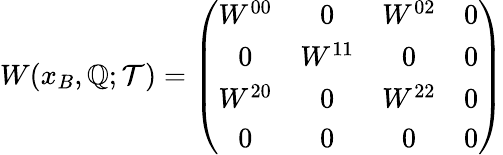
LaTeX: W(x_{B},\mathbb{Q};{\mathcal{T}})=\left(\begin{array}{cccc}{{W^{00}}}&{{0}}&{{W^{02}}}&{{0}}\\ {{0}}&{{W^{11}}}&{{0}}&{{0}}\\ {{W^{20}}}&{{0}}&{{W^{22}}}&{{0}}\\ {{0}}&{{0}}&{{0}}&{{0}}\end{array}\right)